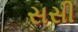
સસી